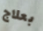
بعلاج